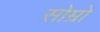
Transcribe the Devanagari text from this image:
सोम्रो